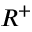
R ^ { + }